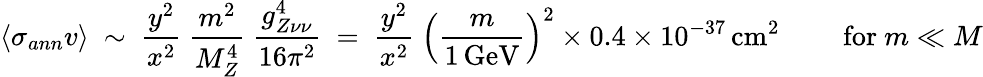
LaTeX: \langle\sigma_{ann}v\rangle\ \sim\ \frac{y^{2}}{x^{2}}\ \frac{m^{2}}{M_{Z}^{4}}\ \frac{g_{Z\nu\nu}^{4}}{16\pi^{2}}\ =\ \frac{y^{2}}{x^{2}}\ \left(\frac{m}{1\, \mathrm{GeV}}\right)^{2}\times 0.4\times 10^{-37}\, \mathrm{cm}^{2}\ \qquad\mathrm{for~}m\ll M